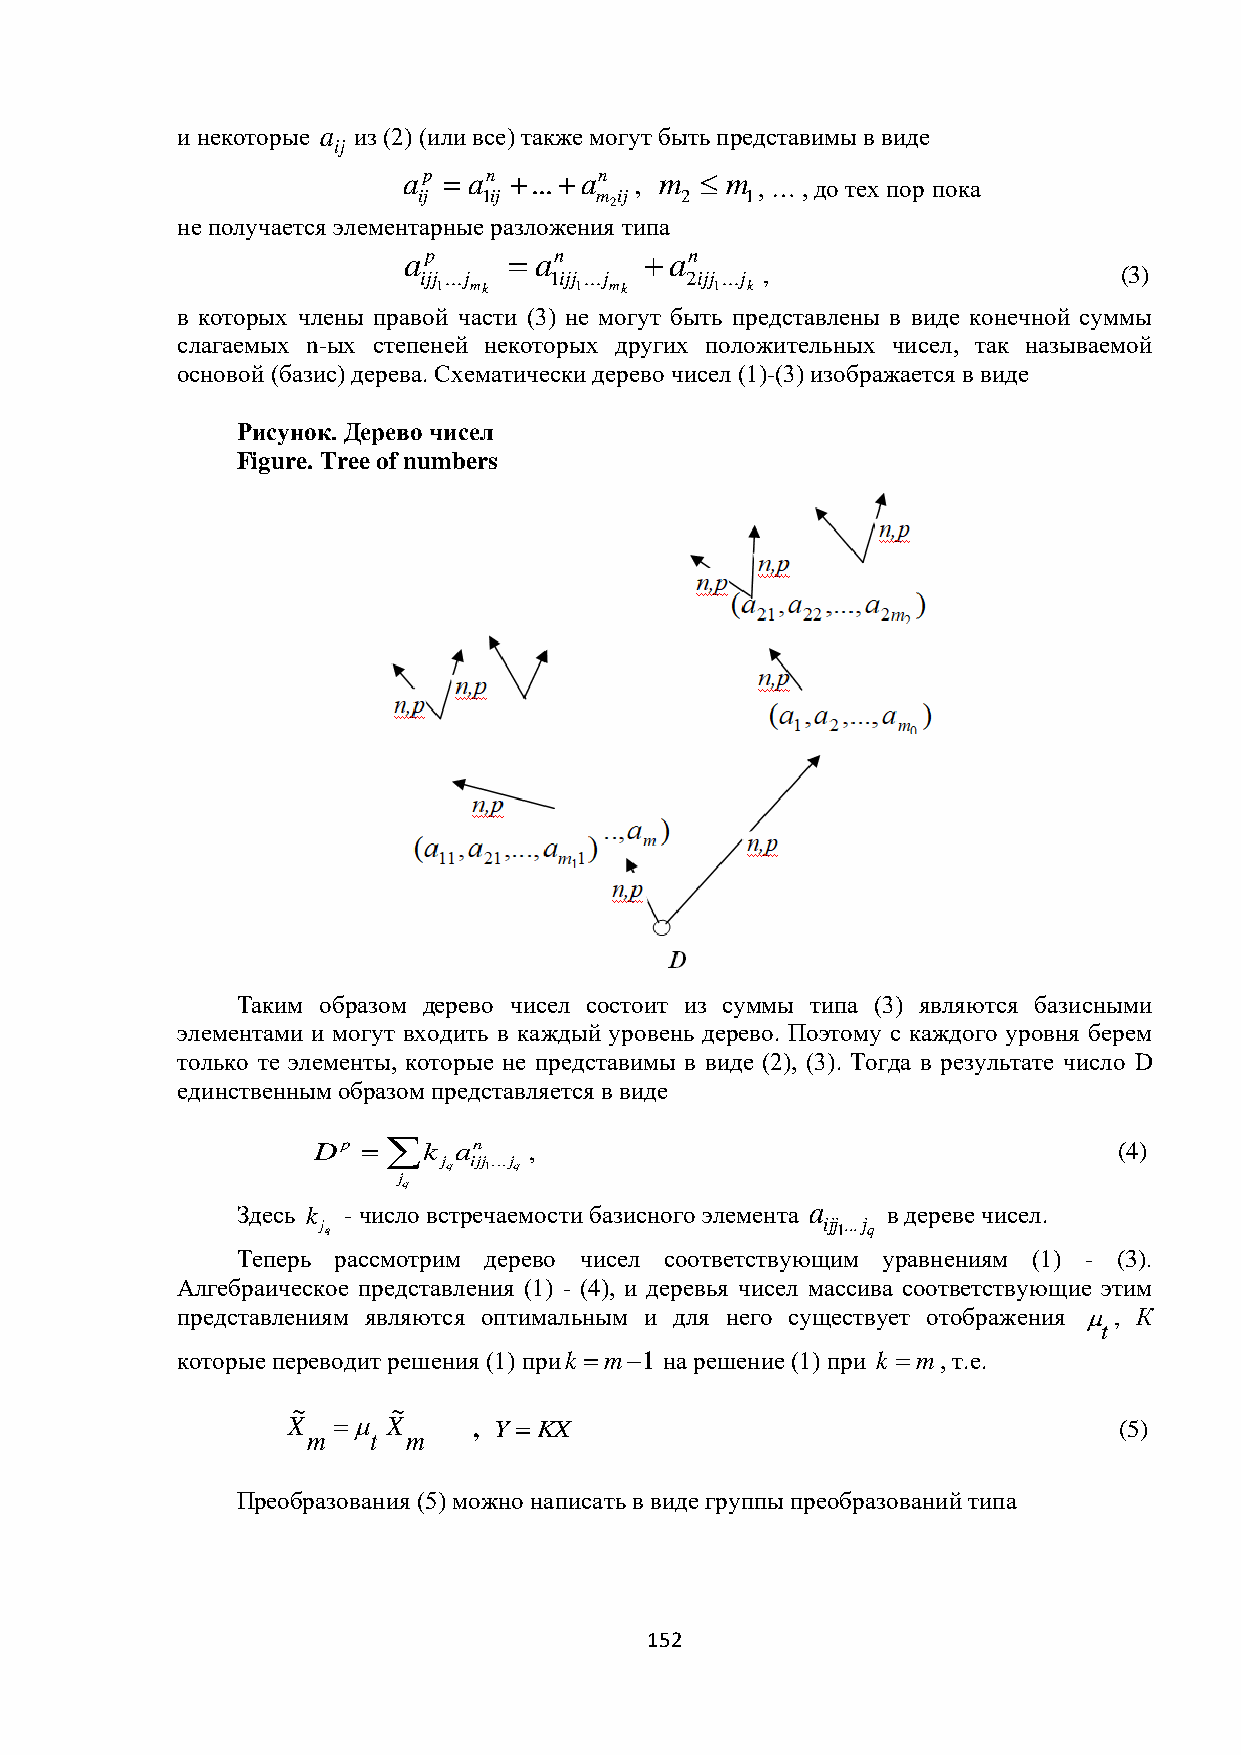
и некоторые a из (2) (или все) также могут быть представимы в виде
 ij
 ap  an ...an , m  m
 , … , до тех пор пока
 ij  1ij    m ij  2   1
 2
 не получается элементарные разложения типа
 ap      an      an
 ijj ...j 1ijj ...j 2ijj ...j ,                (3)
 1 mk     1 mk     1 k
 в которых члены правой части (3) не могут быть представлены в виде конечной суммы
 слагаемых n-ых степеней некоторых других положительных чисел, так называемой
 основой (базис) дерева. Схематически дерево чисел (1)-(3) изображается в виде
 Рисунок. Дерево чисел
 Figure. Tree of numbers
 Таким образом дерево чисел состоит из суммы типа (3) являются базисными
 элементами и могут входить в каждый уровень дерево. Поэтому с каждого уровня берем
 только те элементы, которые не представимы в виде (2), (3). Тогда в результате число D
 единственным образом представляется в виде
 Dp  k  an   ,                                      (4)
 j ijj...j
 q  1 q
 j
 q
 Здесь k - число встречаемости базисного элемента a в дереве чисел.
 j q                              ijj 1...j q
 Теперь рассмотрим дерево чисел соответствующим уравнениям (1) - (3).
 Алгебраическое представления (1) - (4), и деревья чисел массива соответствующие этим
 представлениям являются оптимальным и для него существует отображения , К
 t
 которые переводит решения (1) приk m1 на решение (1) при k  m, т.е.
 ~      ~
 X    X    , Y KX                                    (5)
 m   t  m
 Преобразования (5) можно написать в виде группы преобразований типа
 152